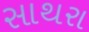
સાથરા